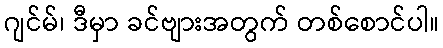
ဂျင်မ်၊ ဒီမှာ ခင်ဗျားအတွက် တစ်စောင်ပါ။